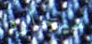
سيجاره